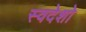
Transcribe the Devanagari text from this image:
स्वदेशो